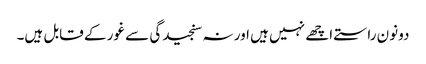
دونون راستے اچھے نہیں ہیں اور نہ سنجیدگی سے غور کے قابل ہیں۔